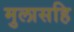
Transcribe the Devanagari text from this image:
मुलासहि